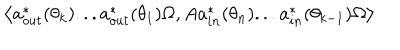
LaTeX: \left\langle a _ { o u t } ^ { \ast } ( \theta _ { k } ) . . . a _ { o u t } ^ { \ast } ( \theta _ { 1 } ) \Omega , A a _ { i n } ^ { \ast } ( \theta _ { n } ) . . . a _ { i n } ^ { \ast } ( \theta _ { k - 1 } ) \Omega \right\rangle